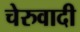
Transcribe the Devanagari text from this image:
चेरुवादी